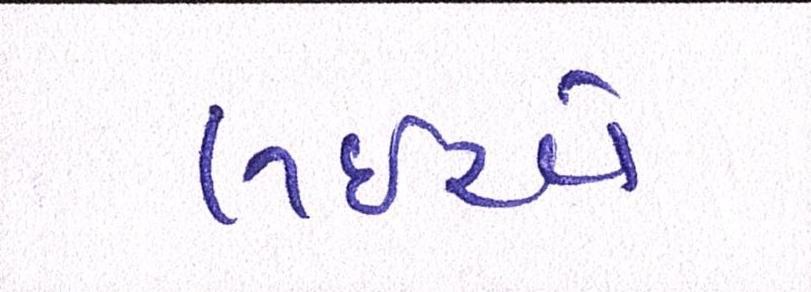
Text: લઇએ